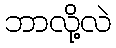
ဘာလို့လဲ